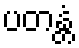
ပတန္တံ